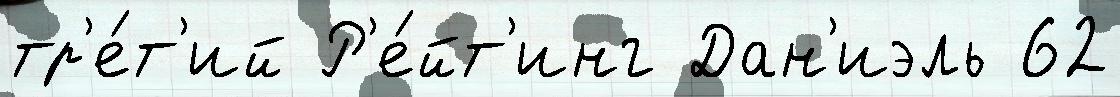
тр'е́т'ий Р'е́йт'инг Дан'иэль 62